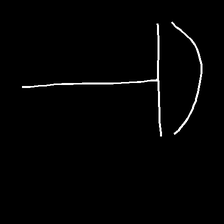
Glyph: dispersion